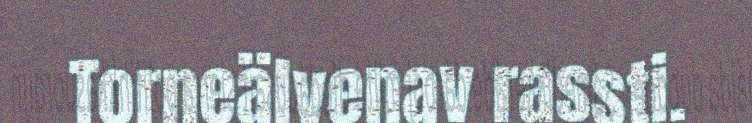
Torneälvenav rassti.